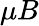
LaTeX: \mu B